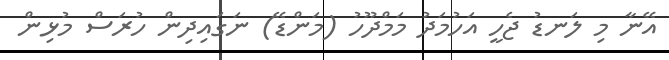
އޭނާ މި ލަނޑު ޖެހީ އަހުމަދު މަމްދޫހު (މަންޑޭ) ނަގައިދިން ހުރަސް މުޅިން